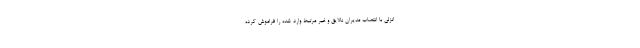
انزلی با انتصاب مدیران نالایق و غیر مرتبط وارد شده را فراموش کرده